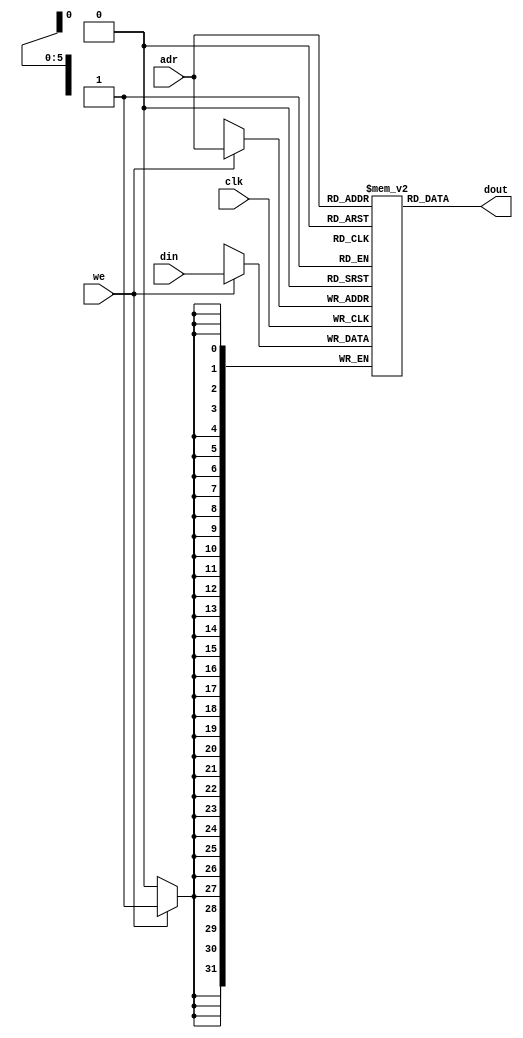
module ram #(parameter N = 6, M = 32)
                (input          clk,
                 input          we,
                 input  [N-1:0] adr,
                 input  [M-1:0] din,
                 output [M-1:0] dout);

  reg [M-1:0] mem[2**N-1:0];

  always @(posedge clk)
    if (we) mem[adr] <= din;
  
  assign dout = mem[adr];
endmodule